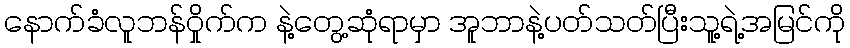
နောက်ခံလူဘန်ဝှိုက်က နဲ့တွေ့ဆုံရာမှာ အူဘာနဲ့ပတ်သတ်ပြီးသူ့ရဲ့အမြင်ကို